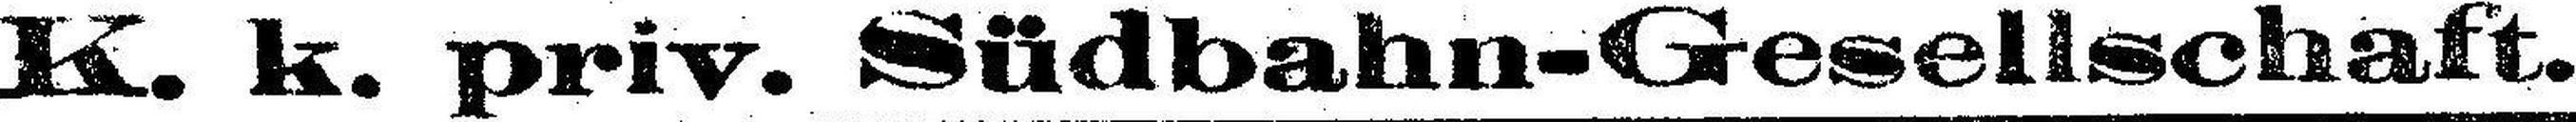
K. k. priv. Südbahn-Gesellschaft.